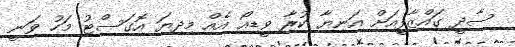
ސާދީ ގައްޒާފީއަށް އަނިޔާ ކުރާ ވީޑިއޯ އެއް މިދިޔަ އޮގަސްޓު މަހު ވަނީ